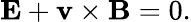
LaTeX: \mathbf{E}+\mathbf{v}\times\mathbf{B}=0.